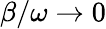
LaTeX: \beta/\omega\to 0